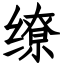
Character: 缭